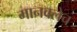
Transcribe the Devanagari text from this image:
मानवलेच